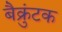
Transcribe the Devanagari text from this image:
बैक्रुंटक